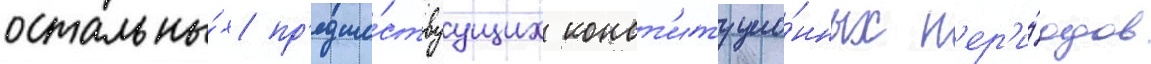
остальны́х пр'едше́ствуущих конст'итуцио́нных п'ер'и́одов